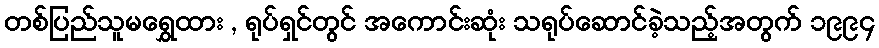
တစ်ပြည်သူမရွှေထား , ရုပ်ရှင်တွင် အကောင်းဆုံး သရုပ်ဆောင်ခဲ့သည့်အတွက် ၁၉၉၄